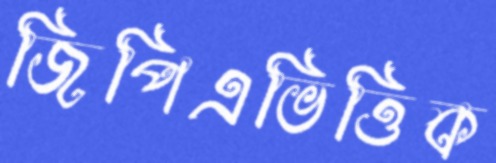
জিপিএভিত্তিক